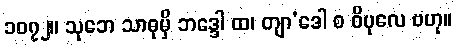
၁၀၇၂။ သုဘေ သာဓုမှိ ဘဒ္ဒေါ ထ၊ တျာ’ဒေါ စ ဝိပုလေ ဗဟု။